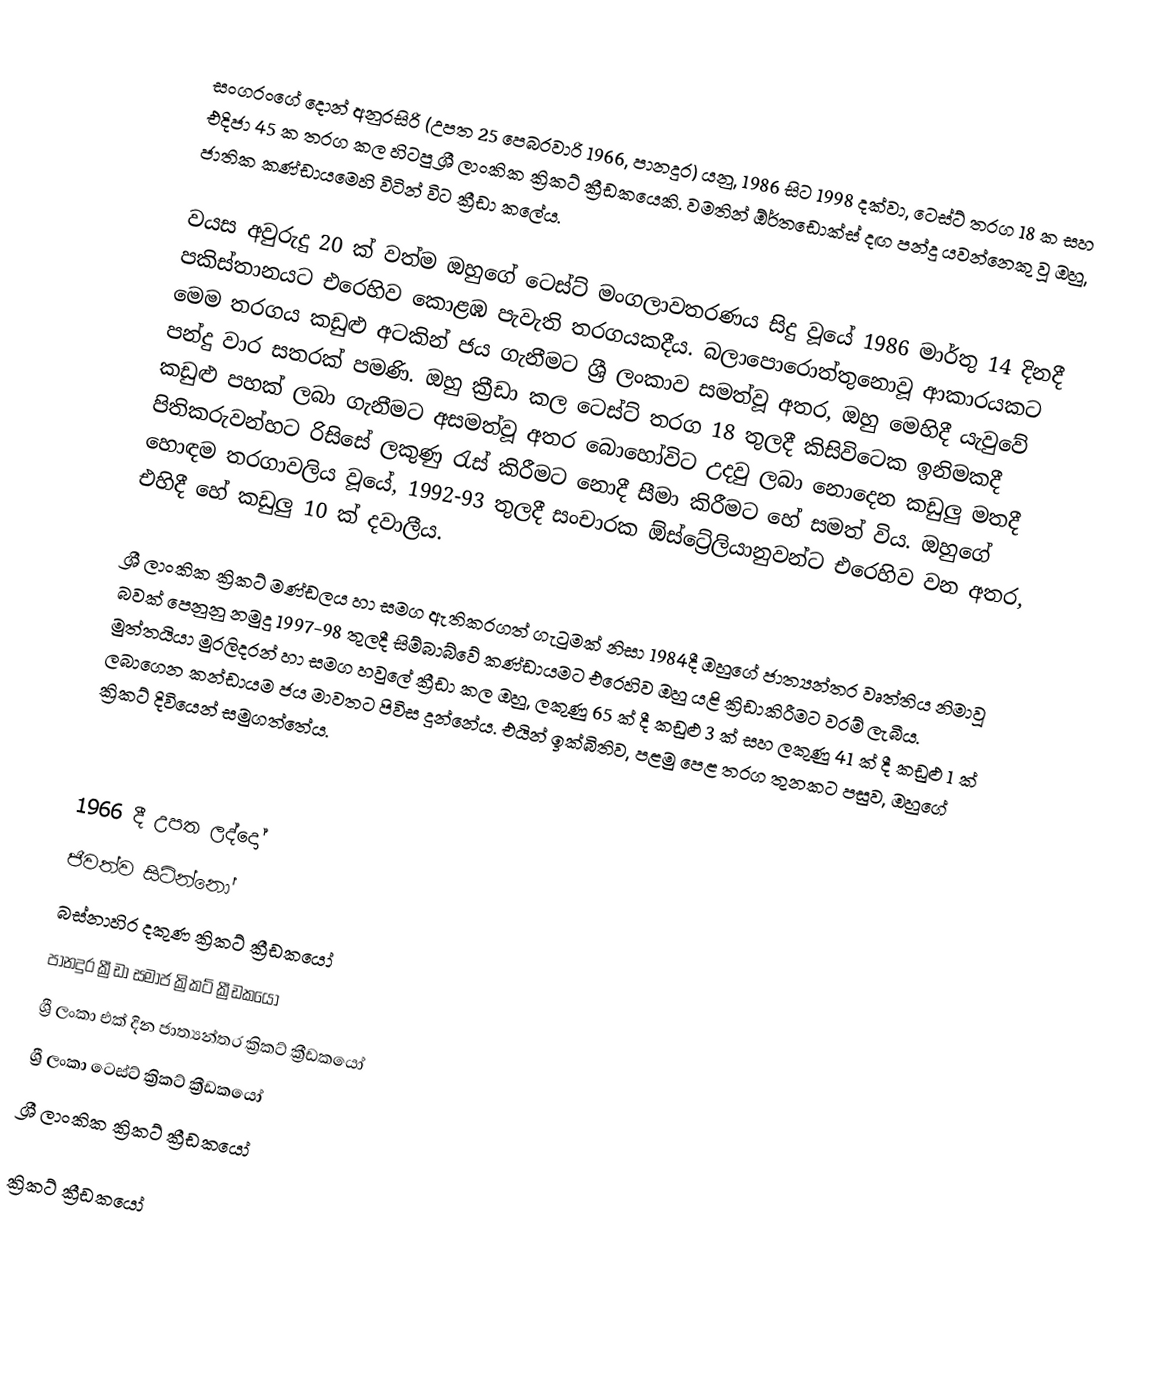
සංගරංගේ දොන් අනුරසිරි (උපත 25 පෙබරවාරි 1966, පානදුර) යනු, 1986 සිට 1998 දක්වා, ටෙස්ට් තරග 18 ක සහ එදිජා 45 ක  තරග කල හිටපු  ශ්‍රී ලාංකික  ක්‍රිකට් ක්‍රීඩකයෙකි. වමතින් ඕර්තඩොක්ස් දඟ පන්දු යවන්නෙකු වූ ඔහු, ජාතික කණ්ඩායමෙහි විටින් විට ක්‍රීඩා කලේය.

වයස අවුරුදු 20 ක් වත්ම ඔහුගේ ටෙස්ට් මංගලාවතරණය සිදු වූයේ 1986 මාර්තු 14 දිනදී පකිස්තානයට එරෙහිව කොළඹ පැවැති තරගයකදීය.  බලාපොරොත්තුනොවූ ආකාරයකට මෙම තරගය කඩුළු අටකින් ජය ගැනීමට ශ්‍රී ලංකාව සමත්වූ අතර, ඔහු මෙහිදී යැවුවේ පන්දු වාර සතරක් පමණි. ඔහු ක්‍රීඩා කල ටෙස්ට් තරග 18 තුලදී කිසිවිටෙක ඉනිමකදී කඩුළු පහක් ලබා ගැනීමට අසමත්වූ අතර බොහෝවිට උදවු ලබා නොදෙන කඩුලු මතදී පිතිකරුවන්හට රිසිසේ ලකුණු රැස් කිරීමට නොදී සීමා කිරීමට හේ සමත් විය. ඔහුගේ හොඳම තරගාවලිය වූයේ, 1992-93 තුලදී සංචාරක ඕස්ට්‍රේලියානුවන්ට එරෙහිව වන අතර, එහිදී හේ කඩුලු 10 ක් දවාලීය.

ශ්‍රී ලාංකික ක්‍රිකට් මණ්ඩලය හා සමග ඇතිකරගත් ගැටුමක් නිසා 1984දී ඔහුගේ ජාත්‍යන්තර වෘත්තිය නිමාවූ බවක් පෙනුනු නමුදු 1997-98 තුලදී සිම්බාබ්වේ කණ්ඩායමට එරෙහිව ඔහු යළි ක්‍රිඩාකිරීමට වරම් ලැබීය. මුත්තයියා මුරලිදරන් හා සමග හවුලේ ක්‍රීඩා කල ඔහු, ලකුණු 65 ක් දී කඩුළු 3 ක් සහ ලකුණු 41 ක් දී කඩුළු 1 ක් ලබාගෙන කන්ඩායම ජය මාවතට පිවිස දුන්නේය. එයින් ඉක්බිතිව, පළමු පෙළ තරග තුනකට පසුව, ඔහුගේ ක්‍රිකට් දිවියෙන් සමුගත්තේය.

‍

1966 දී උපත ලද්දෝ
ජීවත්ව සිටින්නෝ
බස්නාහිර දකුණ ක්‍රිකට් ක්‍රීඩකයෝ
පානදුර ක්‍රීඩා සමාජ ක්‍රිකට් ක්‍රීඩකයෝ
ශ්‍රී ලංකා එක් දින ජාත්‍යන්තර ක්‍රිකට් ක්‍රීඩකයෝ
ශ්‍රී ලංකා ටෙස්ට් ක්‍රිකට් ක්‍රීඩකයෝ
ශ්‍රී ලාංකික ක්‍රිකට් ක්‍රීඩකයෝ

ක්‍රිකට් ක්‍රීඩකයෝ